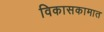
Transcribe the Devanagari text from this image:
विकासकामात